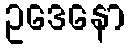
ဥဒေနော